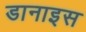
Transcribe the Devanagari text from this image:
डानाइस